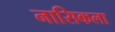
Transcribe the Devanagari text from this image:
नासिकला